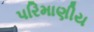
પરિમાણીય